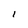
Character: l